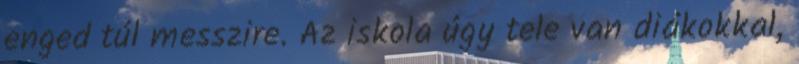
enged túl messzire. Az iskola úgy tele van diákokkal,